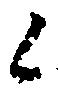
候